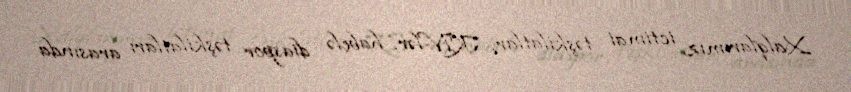
Xalqlarımız, ictimai təşkilatlar, KİV-lər, habelə diaspor təşkilatları arasında